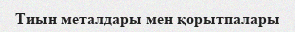
Тиын металдары мен қорытпалары